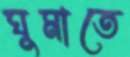
ঘুমাতে